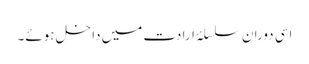
اسی دوران سلسلۂ ارادت میں داخل ہوئے۔